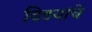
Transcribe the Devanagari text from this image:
विडयांचे